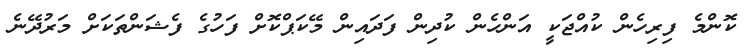
ކޮންމެ ފިރިހެން ކުއްޖަކީ އަންހެން ކުދިން ފަދައިން މޭކަޕްކޮށް ފަހުގެ ފެޝަންތަކަށް މަރުދޭނެ